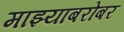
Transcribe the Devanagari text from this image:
माझ्याबरोबर